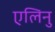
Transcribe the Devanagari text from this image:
एलिनु